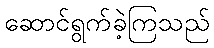
ဆောင်ရွက်ခဲ့ကြသည်